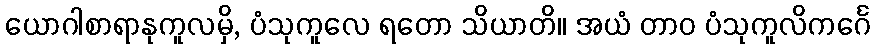
ယောဂါစာရာနုကူလမှိ, ပံသုကူလေ ရတော သိယာတိ။ အယံ တာဝ ပံသုကူလိကင်္ဂေ